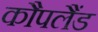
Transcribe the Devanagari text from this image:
कौपलैंड